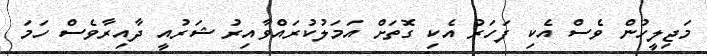
މަޖިލީހުން ވެސް އެކި ފަހަރު އެކި ގޮތަށް އަމަލުކުރައްވާއިރު ޝަރުއީ ދާއިރާވެސް ހަމަ